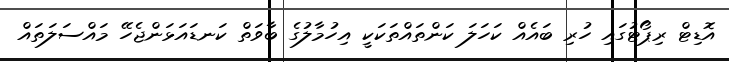
އޮޑިޓް ރިޕޯޓުގައި ހުރި ބައެއް ކަހަލަ ކަންތައްތަކަކީ އިހުމާލުގެ ބާވަތް ކަނޑައަޅަންޖެހޭ މައްސަލަތައް